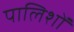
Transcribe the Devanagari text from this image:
पालिशों